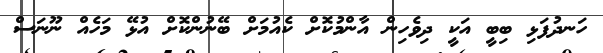
ހަނދުފަޅި ބިބީ އަކީ ދިވެހިން އާންމުކޮށް ކެއުމަށް ބޭނުންކޮށް އުޅޭ މަހެއް ނޫނަސް